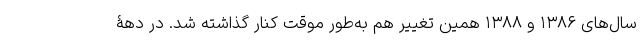
سال‌های ۱۳۸۶ و ۱۳۸۸ همین تغییر هم به‌طور موقت کنار گذاشته شد. در دهۀ